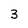
Character: 3